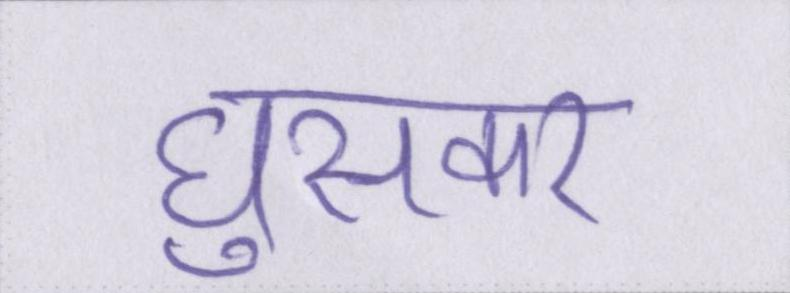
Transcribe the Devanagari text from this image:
घुसकर